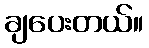
ချပေးတယ်။